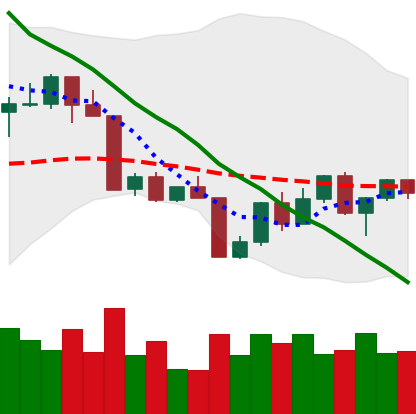
Ticker: LTC-USD
Chart end date: 2022-04-20
Forward return: -6.512%
Label: down_5_7